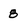
Character: 8